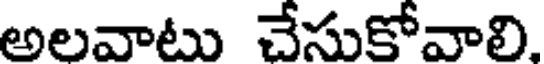
అలవాటు చేసుకోవాలి.